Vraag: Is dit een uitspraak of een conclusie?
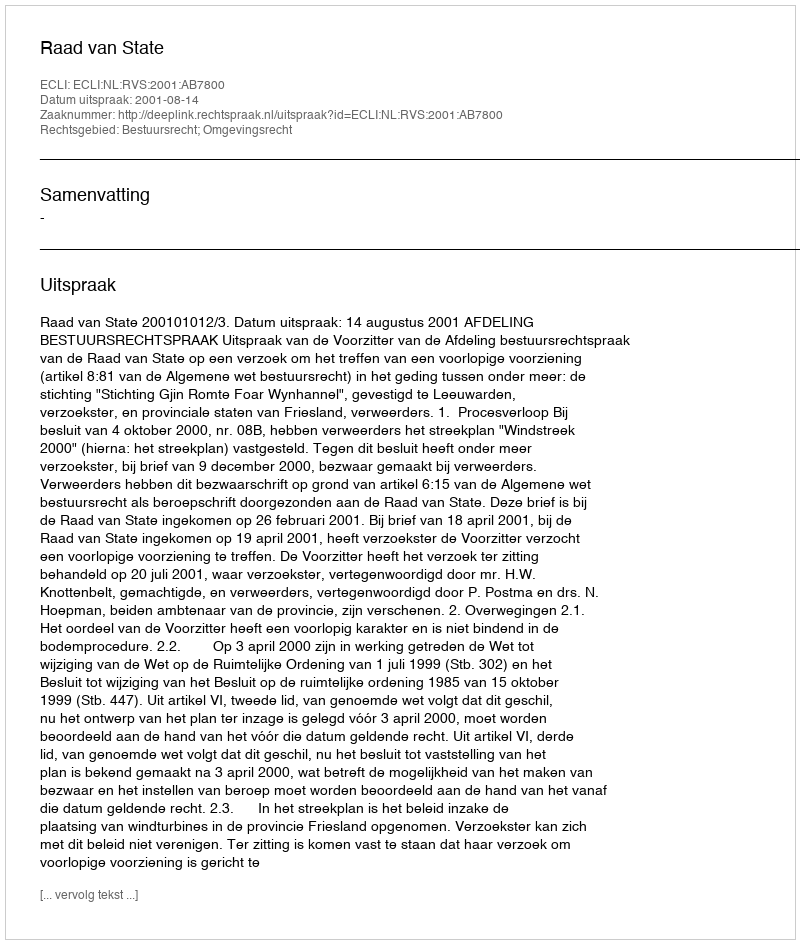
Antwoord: Uitspraak